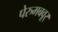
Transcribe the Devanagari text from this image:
पेरुमबवूर्